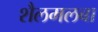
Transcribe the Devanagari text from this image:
शैलमलबा